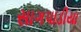
સાગપાડીયા